Annual report of the Imperial Bacteriologist
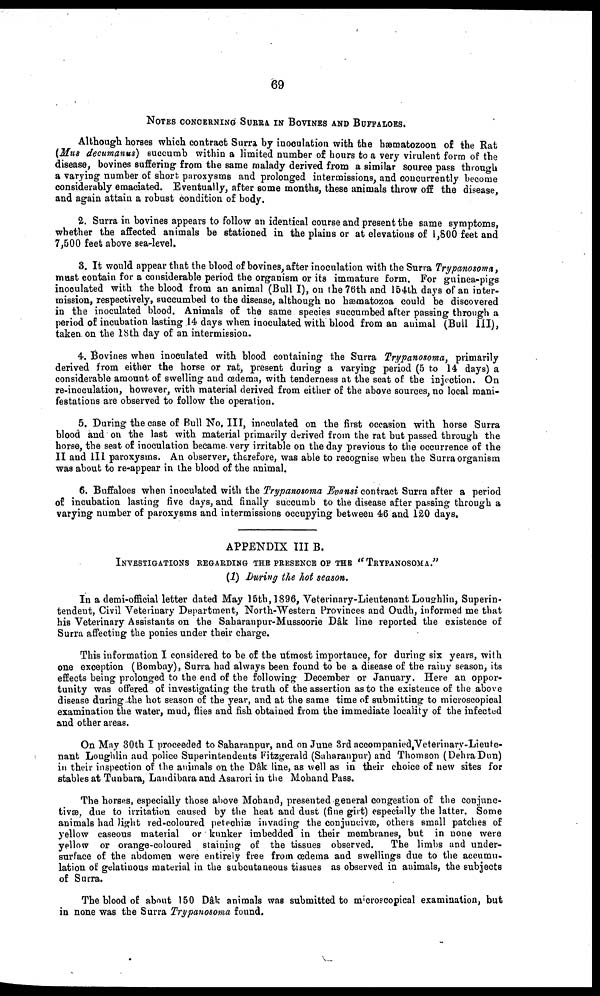
69
NOTES CONCERNING SURRA IN BOVINES AND BUFFALOES.
Although horses which contract Surra by inoculation with the hæmatozoon of the Rat
(Mus decumanus) succumb within a limited number of hours to a very virulent form of the
disease, bovines suffering from the same malady derived from a similar source pass through
a varying number of short paroxysms and prolonged intermissions, and concurrently become
considerably emaciated. Eventually, after some months, these animals throw off the disease,
and again attain a robust condition of body.
2. Surra in bovines appears to follow an identical course and present the same symptoms,
whether the affected animals be stationed in the plains or at elevations of 1,800 feet and
7,500 feet above sea-level.
3. It would appear that the blood of bovines, after inoculation with the Surra Trypanosoma,
must contain for a considerable period the organism or its immature form. For guinea-pigs
inoculated with the blood from an animal (Bull I), on the 76th and 154th days of an inter-
mission, respectively, succumbed to the disease, although no hæmatozoa could be discovered
in the inoculated blood. Animals of the same species succumbed after passing through a
period of incubation lasting 14 days when inoculated with blood from an animal (Bull III),
taken on the 18th day of an intermission.
4. Bovines when inoculated with blood containing the Surra Trypanosoma, primarily
derived from either the horse or rat, present during a varying period (5 to 14 days) a
considerable amount of swelling and œdema, with tenderness at the seat of the injection. On
re-inoculation, however, with material derived from either of the above sources, no local mani-
festations are observed to follow the operation.
5. During the case of Bull No.III, inoculated on the first occasion with horse Surra
blood and on the last with material primarily derived from the rat but passed through the
horse, the seat of inoculation became very irritable on the day previous to the occurrence of the
II and III paroxysms. An observer, therefore, was able to recognise when the Surra organism
was about to re-appear in the blood of the animal.
6. Buffaloes when inoculated with the Trypanosoma Evansi contract Surra after a period
of incubation lasting five days, and finally succumb to the disease after passing through a
varying number of paroxysms and intermissions occupying between 46 and 120 days.
APPENDIX III B.
INVESTINGATIONS REGARDING THE PRESENCE OF THE " TRYPANOSOMA."
(1) During the hot season.
In a demi-official letter dated May 15th, 1896, Veterinary-Lieutenant Loughlin, Superin-
tendent, Civil Veterinary Department, North-Western Provinces and Oudh, informed me that
his Veterinary Assistants on the Saharanpur-Mussoorie Dâk line reported the existence of
Surra affecting the ponies under their charge.
This information I considered to be of the utmost importance, for during six years, with
one exception (Bombay), Surra had always been found to be a disease of the rainy season, its
effects being prolonged to the end of the following December or January. Here an oppor-
tunity was offered of investigating the truth of the assertion as to the existence of the above
disease during the hot season of the year, and at the same time of submitting to microscopical
examination the water, mud, flies and fish obtained from the immediate locality of the infected
and other areas.
On May 30th I proceeded to Saharanpur, and on June 3rd accompanied Veterinary-Lieute¬
nant Loughlin and police Superintendents Fitzgerald (Saharanpur) and Thomson (Dehra Dun)
in their inspection of the animals on the Dâk line, as well as in their choice of new sites for
stables at Tunbara, Landibara and Asarori in the Mohand Pass.
The horses, especially those above Moband, presented general congestion of the conjunc-
tivæ, due to irritation caused by the heat and dust (fine girt) especially the latter. Some
animals had light red-coloured petechiæ invading the conjuncivæ, others small patches of
yellow caseous material or kunker imbedded in their membranes, but in none were
yellow or orange-coloured staining of the tissues observed.
The limbs and under¬
surface of the abdomen were entirely free from œdema and swellings due to the accumu-
lation of gelatinous material in the subcutaneous tissues as observed in animals, the subjects
of Surra.
The blood of about 150 Dâk animals was submitted to microscopical examination, but
in none was the Surra Trypanosoma found.